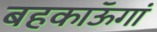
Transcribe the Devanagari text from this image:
बहकाऊॅगां